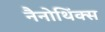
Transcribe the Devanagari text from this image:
नैनोथिंक्स